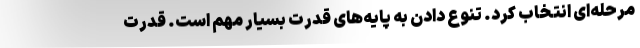
مرحله‌ای انتخاب کرد. تنوع دادن به پایه‌های قدرت بسیار مهم است. قدرت